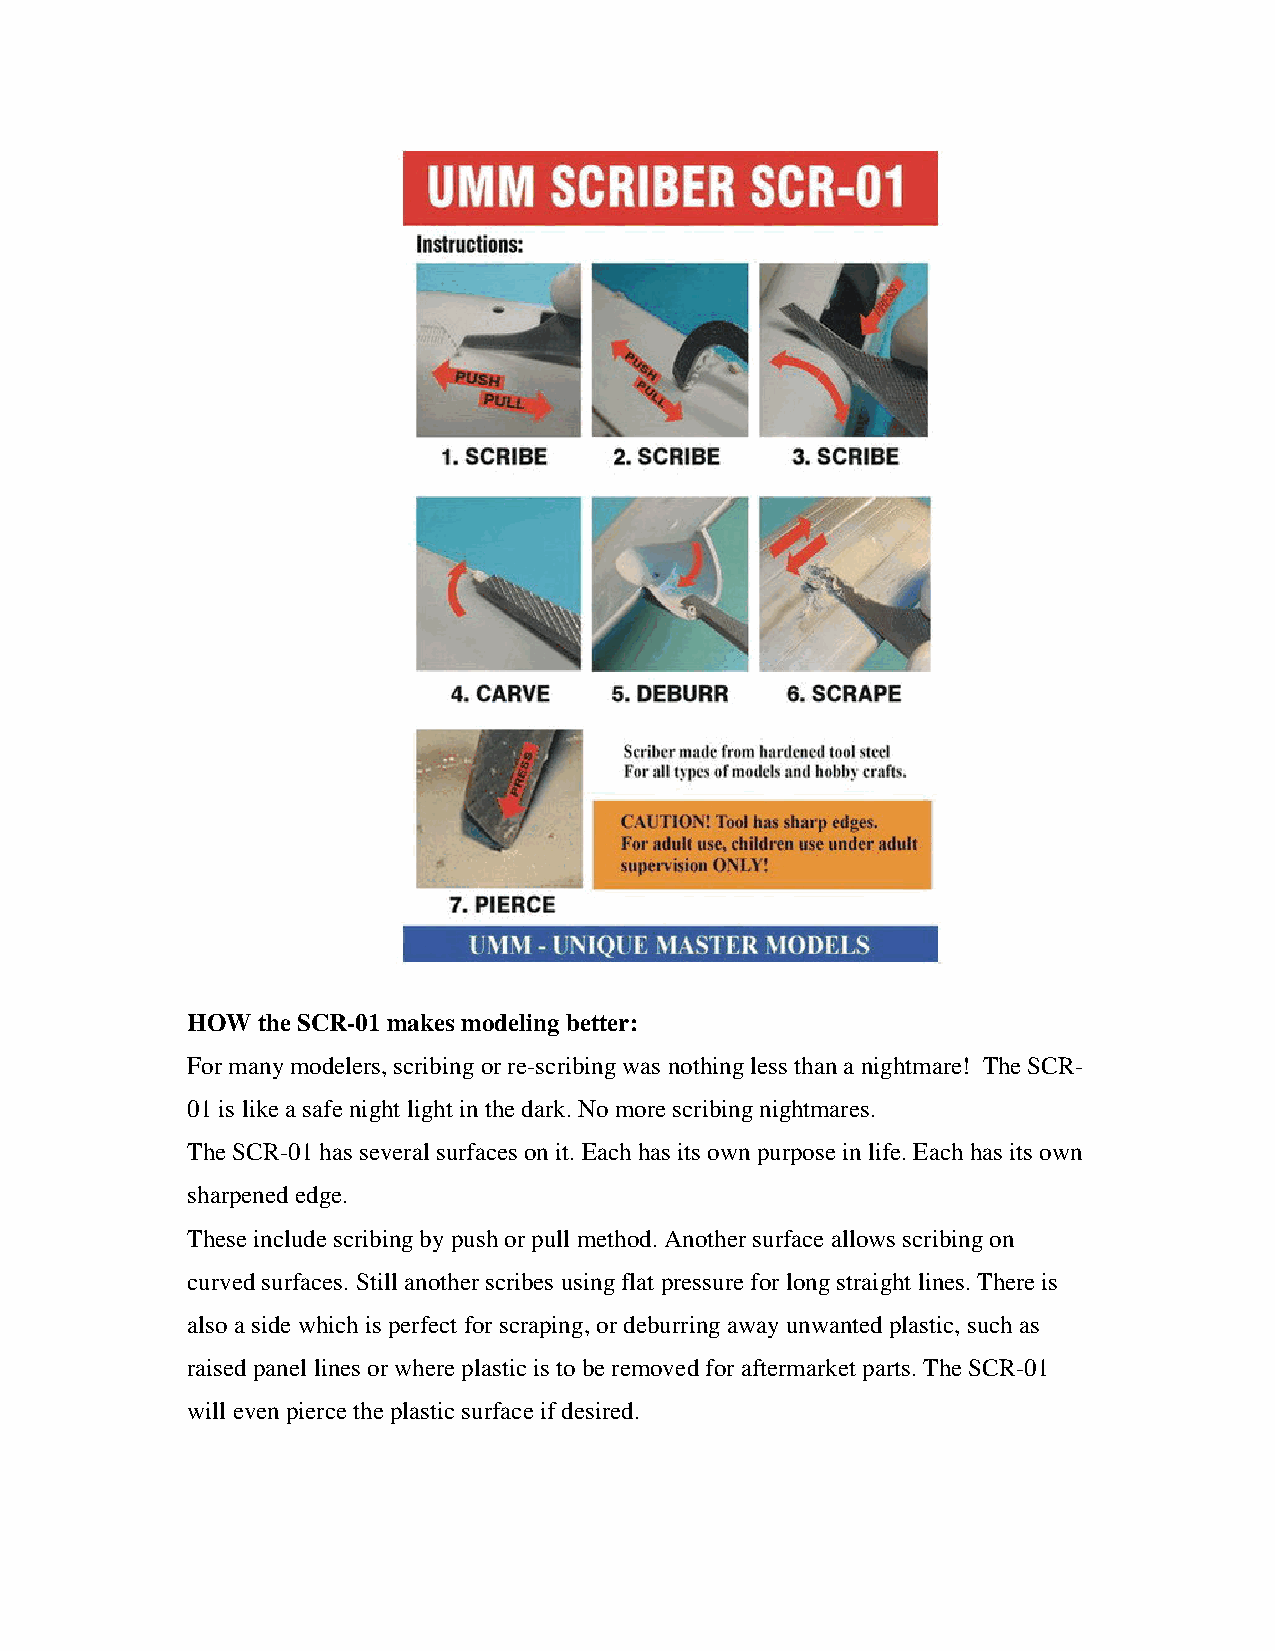
HOW  the SCR-01 makes modeling better:
 For many modelers, scribing or re-scribing was nothing less than a nightmare! The SCR-
 01 is like a safe night light in the dark. No more scribing nightmares.
 The SCR-01 has several surfaces on it. Each has its own purpose in life. Each has its own
 sharpened edge.
 These include scribing by push or pull method. Another surface allows scribing on
 curved surfaces. Still another scribes using flat pressure for long straight lines. There is
 also a side which is perfect for scraping, or deburring away unwanted plastic, such as
 raised panel lines or where plastic is to be removed for aftermarket parts. The SCR-01
 will even pierce the plastic surface if desired.